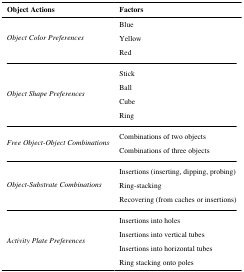
| Object Actions | Factors |
 | --- | --- |
 | <ROWSPAN=3> Object Color Preferences | Blue |
 | Yellow |
 | Red |
 | <ROWSPAN=4> Object Shape Preferences | Stick |
 | Ball |
 | Cube |
 | Ring |
 | <ROWSPAN=2> Free Object-Object Combinations | Combinations of two objects |
 | Combinations of three objects |
 | <ROWSPAN=3> Object-Substrate Combinations | Insertions (inserting, dipping, probing) |
 | Ring-stacking |
 | Recovering (from caches or insertions) |
 | <ROWSPAN=4> Activity Plate Preferences | Insertions into holes |
 | Insertions into vertical tubes |
 | Insertions into horizontal tubes |
 | Ring stacking onto poles |